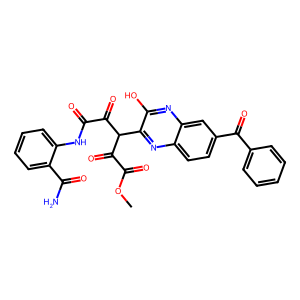
SMILES: COC(=O)C(=O)C(C(=O)C(=O)Nc1ccccc1C(N)=O)c1nc2ccc(C(=O)c3ccccc3)cc2nc1O
Inhibits HIV replication: No